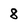
Character: 8